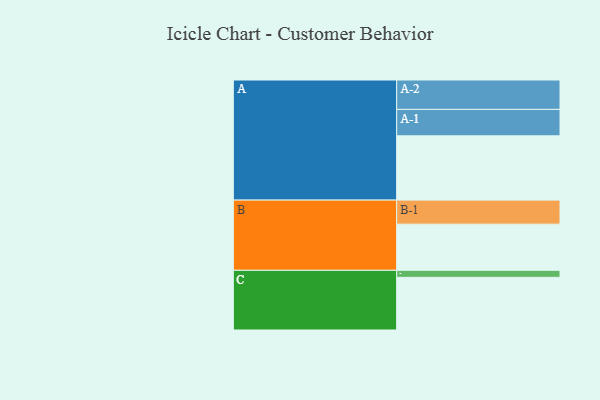
{"axis": {"x": "Segment", "y": "Value"}, "legend": ["", "A", "B", "C"], "data": [{"x": "A", "y": 586, "type": ""}, {"x": "B", "y": 421, "type": ""}, {"x": "C", "y": 480, "type": ""}, {"x": "A-1", "y": 241, "type": "A"}, {"x": "A-2", "y": 268, "type": "A"}, {"x": "B-1", "y": 219, "type": "B"}, {"x": "C-1", "y": 64, "type": "C"}]}